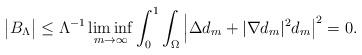
LaTeX: \begin{align*}\big|B_\Lambda\big|\le \Lambda^{-1}\liminf_{m\rightarrow\infty}\int_0^1\int_\Omega \Big|\Delta d_m+|\nabla d_m|^2 d_m\big|^2=0.\end{align*}